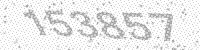
Solution: 153857